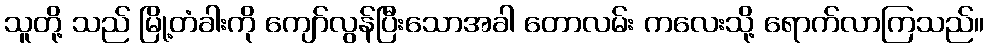
သူတို့ သည် မြို့တံခါးကို ကျော်လွန်ပြီးသောအခါ တောလမ်း ကလေးသို့ ရောက်လာကြသည်။